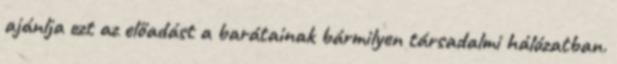
ajánlja ezt az előadást a barátainak bármilyen társadalmi hálózatban.